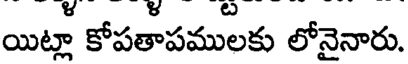
యిట్లా కోపతాపములకు లోనైనారు.